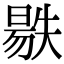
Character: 𣉺